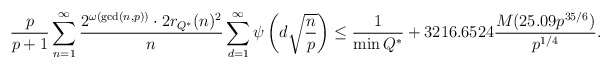
\begin{align*} \dfrac{p}{p+1} \displaystyle\sum_{n=1}^\infty \dfrac{2^{\omega(\gcd(n,p))} \cdot 2r_{Q^\ast}(n)^2}{n} \displaystyle\sum_{d=1}^\infty \psi \left( d\sqrt{\dfrac{n}{p}} \right) \leq \frac{1}{\min Q^{*}} + 3216.6524 \frac{M(25.09p^{35/6})}{p^{1/4}}.\end{align*}